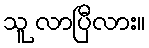
သူ လာပြီလား။